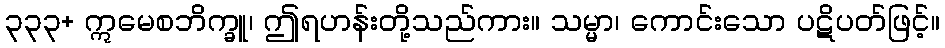
၃၃၃+ ဣမေစဘိက္ခူ၊ ဤရဟန်းတို့သည်ကား။ သမ္မာ၊ ကောင်းသော ပဋိပတ်ဖြင့်။